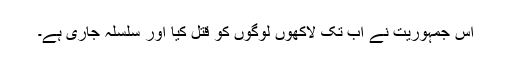
اس جمہوریت نے اب تک لاکھوں لوگوں کو قتل کیا اور سلسلہ جاری ہے۔